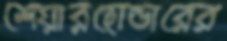
শেয়ারহোল্ডারের